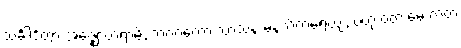
သင်္ခါဒိတွာ အဇ္ဈောဟရာမိ, ဘဂဝတော သာသနံ မနသိကရေယျံ, ဗဟုံ ဝတ မေ ကတံ